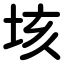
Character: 垓